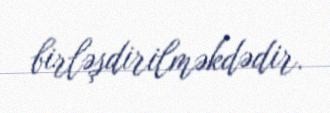
birləşdirilməkdədir.